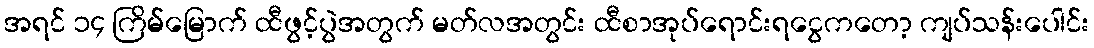
အရင် ၁၄ ကြိမ်မြောက် ထီဖွင့်ပွဲအတွက် မတ်လအတွင်း ထီစာအုပ်ရောင်းရငွေကတော့ ကျပ်သန်းပေါင်း